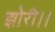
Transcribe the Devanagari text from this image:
झोरी।।